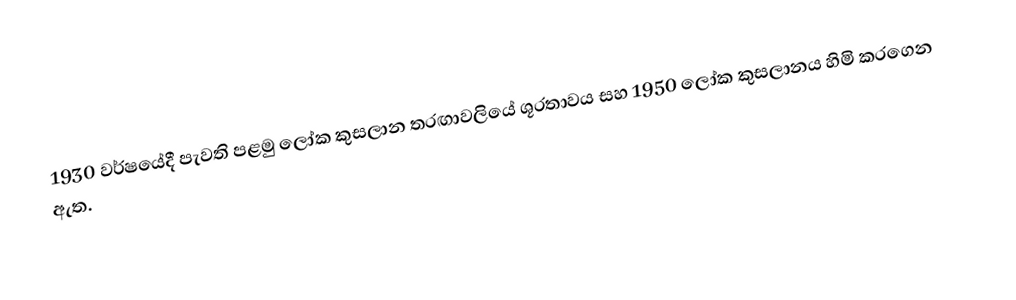
1930 වර්ෂයේදී පැවති පළමු ලෝක කුසලාන තරඟාවලියේ ශූරතාවය සහ 1950 ලෝක කුසලානය හිමි කරගෙන ඇත.